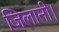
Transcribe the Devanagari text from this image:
जिलानी।